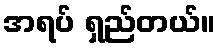
အရပ် ရှည်တယ်။